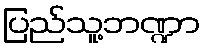
ပြည်သူ့ဘဏ္ဍာ